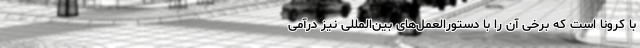
با کرونا است که برخی آن را با دستورالعمل‌های بین‌المللی نیز درآمی